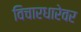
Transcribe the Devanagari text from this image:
विचारधारेवर